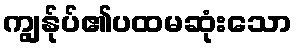
ကျွန်ုပ်၏ပထမဆုံးသော